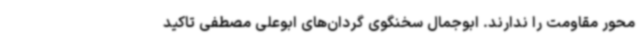
محور مقاومت را ندارند. ابوجمال سخنگوی گردان‌های ابوعلی مصطفی تاکید